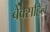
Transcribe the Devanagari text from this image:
बेक्सहिल